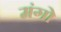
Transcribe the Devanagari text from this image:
मंगो